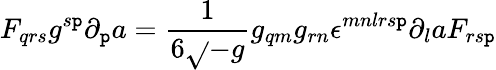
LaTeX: F_{qrs}g^{s\mathtt{p}}\partial_{\mathtt{p}}a={\frac{{1}}{{6\sqrt{}{{-g}}}}}g_{qm}g_{rn}\epsilon^{mnlrs\mathtt{p}}\partial_{l}aF_{rs\mathtt{p}}